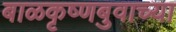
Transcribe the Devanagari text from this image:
बाळकृष्णबुवाच्या